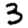
Digit: 3